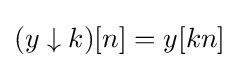
(y\downarrow k)[n]=y[kn]